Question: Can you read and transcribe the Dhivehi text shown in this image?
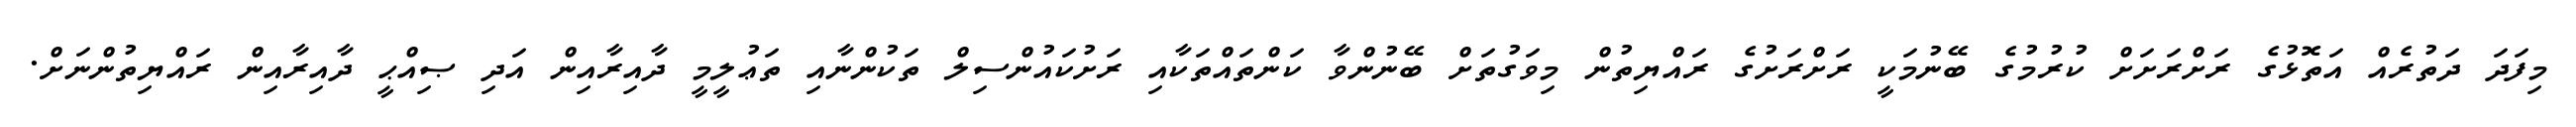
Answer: މިފަދަ ދަތުރެއް އަތޮޅުގެ ރަށްރަށަށް ކުރުމުގެ ބޭނުމަކީ ރަށްރަށުގެ ރައްޔިތުން މިވަގުތަށް ބޭނުންވާ ކަންތައްތަކާއި ރަށުކައުންސިލް ތަކުންނާއި ތަޢުލީމީ ދާއިރާއިން އަދި ޞިއްޙީ ދާއިރާއިން ރައްޔިތުންނަށް.